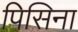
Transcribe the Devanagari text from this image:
पिसिना